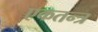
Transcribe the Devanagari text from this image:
एकतन्त्र